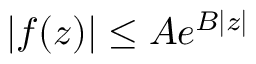
| f ( z ) | \leq A e ^ { B | z | }